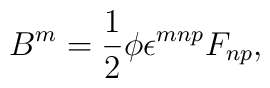
B^m = \frac12 \phi \epsilon^{mnp} F_{np} ,